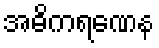
အဓိကရဏေန